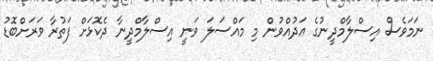
ނަމަވެސް އިސްލާމްދީނުގެ ޢަދުއްވުން މި މައްސަލަ ވަނީ އިސްލާމްދީނާ ދެކޮޅަށް ފަތުރާ ވަރަށްބޮޑު